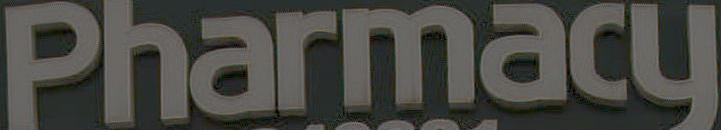
Pharmacy